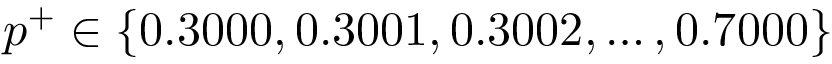
p ^ { + } \in \{ 0 . 3 0 0 0 , 0 . 3 0 0 1 , 0 . 3 0 0 2 , \dots , 0 . 7 0 0 0 \}